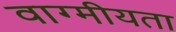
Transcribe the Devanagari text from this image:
वाग्मीयता